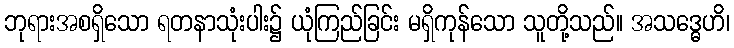
ဘုရားအစရှိသော ရတနာသုံးပါး၌ ယုံကြည်ခြင်း မရှိကုန်သော သူတို့သည်။ အသဒ္ဓေဟိ၊